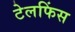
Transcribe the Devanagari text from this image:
टेलफिंस